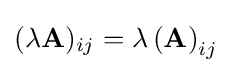
(\lambda \mathbf {A} )_{ij}=\lambda \left(\mathbf {A} \right)_{ij}